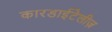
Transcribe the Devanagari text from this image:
कारडाईटेलीज़